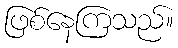
ဖြစ်နေကြသည်။